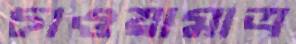
চাওয়ামাত্র